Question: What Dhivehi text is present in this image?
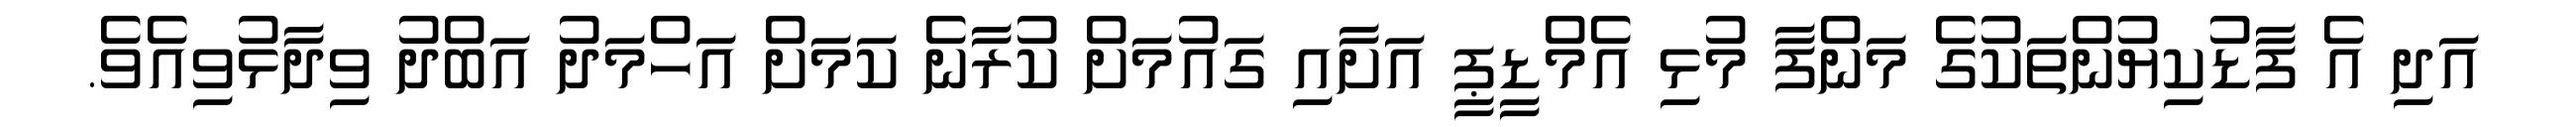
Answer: އަދި އެ ފާޑުކިޔުންތަކުގެ މަންފާ މުޅި އެމްޑީޕީ އަށާއި ގައުމަށް ކުރާނެ ކަމަށް އަހްމަދު އަބްދު ވިދާޅުވިއެވެ.